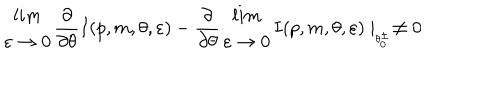
\begin{array} { c } { { l i m } } \\ { { \varepsilon \rightarrow 0 } } \\ \end{array} \frac { \partial } { \partial \theta } I ( p , m , \theta , \varepsilon ) - \frac { \partial } { \partial \theta } \begin{array} { c } { { l i m } } \\ { { \varepsilon \rightarrow 0 } } \\ \end{array} I ( p , m , \theta , \varepsilon ) \mid _ { _ { \theta _ { 0 } ^ { \pm } } } \neq 0